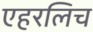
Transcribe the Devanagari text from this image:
एहरलिच